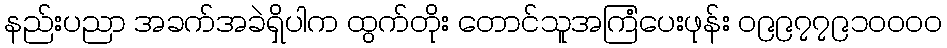
နည်းပညာ အခက်အခဲရှိပါက ထွက်တိုး တောင်သူအကြံပေးဖုန်း ၀၉၉၇၇၉၁၀၀၀၀